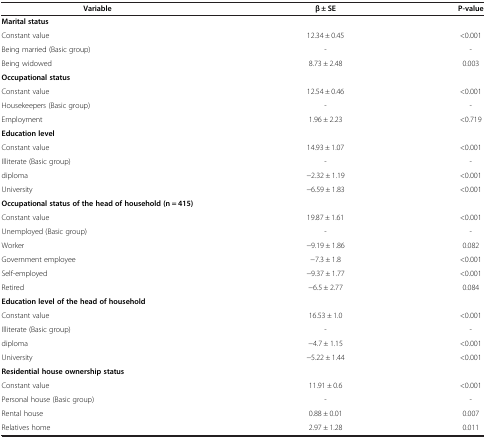
<table><thead><tr><td><b>Variable</b></td><td><b>β ± SE</b></td><td><b>P-value</b></td></tr></thead><tbody><tr><td><b>Marital status</b></td><td> </td><td> </td></tr><tr><td>Constant value</td><td>12.34 ± 0.45</td><td>&lt;0.001</td></tr><tr><td>Being married (Basic group)</td><td>-</td><td>-</td></tr><tr><td>Being widowed</td><td>8.73 ± 2.48</td><td>0.003</td></tr><tr><td><b>Occupational status</b></td><td> </td><td> </td></tr><tr><td>Constant value</td><td>12.54 ± 0.46</td><td>&lt;0.001</td></tr><tr><td>Housekeepers (Basic group)</td><td>-</td><td>-</td></tr><tr><td>Employment</td><td>1.96 ± 2.23</td><td>&lt;0.719</td></tr><tr><td><b>Education level</b></td><td> </td><td> </td></tr><tr><td>Constant value</td><td>14.93 ± 1.07</td><td>&lt;0.001</td></tr><tr><td>Illiterate (Basic group)</td><td>-</td><td>-</td></tr><tr><td>diploma</td><td>−2.32 ± 1.19</td><td>&lt;0.001</td></tr><tr><td>University</td><td>−6.59 ± 1.83</td><td>&lt;0.001</td></tr><tr><td><b>Occupational status of the head of household (n = 415)</b></td><td> </td><td> </td></tr><tr><td>Constant value</td><td>19.87 ± 1.61</td><td>&lt;0.001</td></tr><tr><td>Unemployed (Basic group)</td><td>-</td><td>-</td></tr><tr><td>Worker</td><td>−9.19 ± 1.86</td><td>0.082</td></tr><tr><td>Government employee</td><td>−7.3 ± 1.8</td><td>&lt;0.001</td></tr><tr><td>Self-employed</td><td>−9.37 ± 1.77</td><td>&lt;0.001</td></tr><tr><td>Retired</td><td>−6.5 ± 2.77</td><td>0.084</td></tr><tr><td><b>Education level of the head of household</b></td><td> </td><td> </td></tr><tr><td>Constant value</td><td>16.53 ± 1.0</td><td>&lt;0.001</td></tr><tr><td>Illiterate (Basic group)</td><td>-</td><td>-</td></tr><tr><td>diploma</td><td>−4.7 ± 1.15</td><td>&lt;0.001</td></tr><tr><td>University</td><td>−5.22 ± 1.44</td><td>&lt;0.001</td></tr><tr><td><b>Residential house ownership status</b></td><td> </td><td> </td></tr><tr><td>Constant value</td><td>11.91 ± 0.6</td><td>&lt;0.001</td></tr><tr><td>Personal house (Basic group)</td><td>-</td><td>-</td></tr><tr><td>Rental house</td><td>0.88 ± 0.01</td><td>0.007</td></tr><tr><td>Relatives home</td><td>2.97 ± 1.28</td><td>0.011</td></tr></tbody></table>